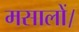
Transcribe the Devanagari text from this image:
मसालों।